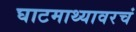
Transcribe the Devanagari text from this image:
घाटमाथ्यावरचं